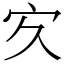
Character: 㝌